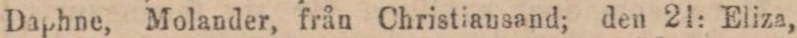
Daphne, Molander, från Christiausand; den 21: Eliza,